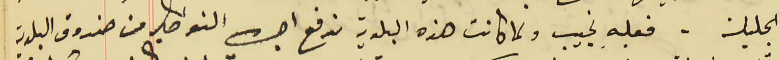
الجليلة . فعليه نجيب ولما كانت هذه البلدية تدفع اجرة النواطير من صندوق البلدية